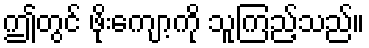
ဤတွင် ဖိုးကျော့ကို သူကြည့်သည်။